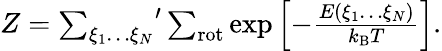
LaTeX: \begin{array}{r}{Z={\sum_{\xi_{1}\ldots\xi_{N}}}^{\prime}\sum_{\mathrm{rot}}\exp\left[-\frac{E(\xi_{1}\ldots\xi_{N})}{k_{\mathrm{B}}T}\right].}\end{array}